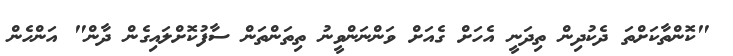
"ކޮންތާކަށްތަ ދެކުދިން ތިދަނީ އެހަށް ގެއަށް ވަންނަންވީނު ތިތަންތަން ސާފުކޮށްލައިގެން ދާން" އަންހެން